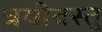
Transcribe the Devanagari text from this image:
त्रयीवस्तु